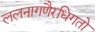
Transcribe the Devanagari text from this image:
ललनागणैरधिगतो